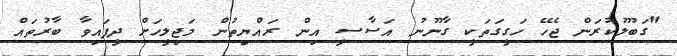
"ގަބޫލުކުރަން ޖެހޭ ހަގީގަތަކީ ގާނޫނު އަސާސީ އިން ރައްޔިތުން މަޖިލީހަށް ދީފައިވާ ބާރުތައް